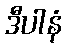
ဒီပါနံ